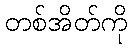
တစ်အိတ်ကို